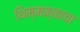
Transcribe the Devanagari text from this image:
थिम्मक्काचा